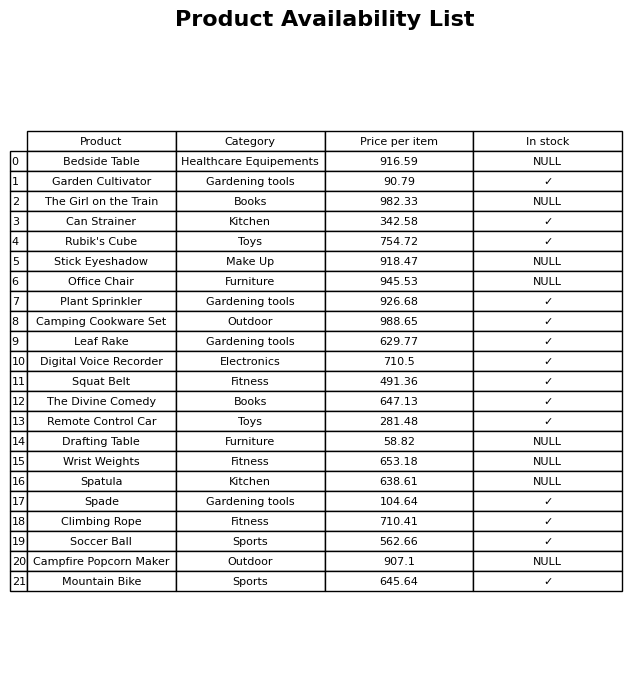
question: What is the price of the Mountain Bike?
answer: The price of Mountain Bike is 645.64.